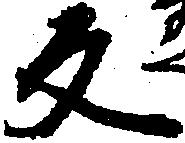
反